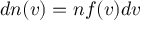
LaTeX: d n ( v ) = n f ( v ) d v